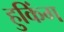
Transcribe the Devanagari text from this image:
हुकिंग